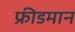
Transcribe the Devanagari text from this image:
फ्रीडमान